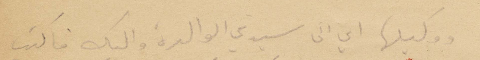
ووطيلها أي الى سيدتي الوالدة واليك فاكتب